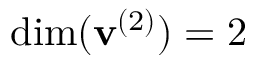
\mathrm { d i m } ( \mathbf { v } ^ { ( 2 ) } ) = 2